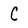
Character: C